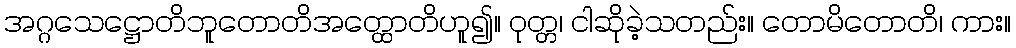
အဂ္ဂသေဋ္ဌောတိဘူတောတိအတ္ထောတိဟူ၍။ ဝုတ္တ၊ ငါဆိုခဲ့သတည်း။ တောမိတောတိ၊ ကား။